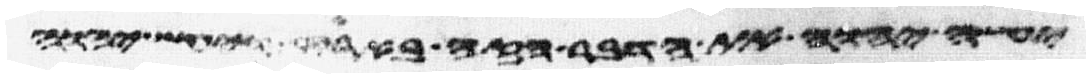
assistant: יעשה יהוה את הדבר הזה בארץ ויעש יהוה